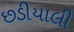
છડીયાલી